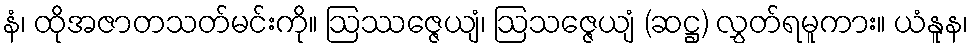
နံ၊ ထိုအဇာတသတ်မင်းကို။ ဩဿဇ္ဇေယျံ၊ ဩသဇ္ဇေယျံ (ဆဋ္ဌ) လွှတ်ရမူကား။ ယံနူန၊